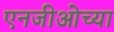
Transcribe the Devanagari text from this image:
एनजीओच्या